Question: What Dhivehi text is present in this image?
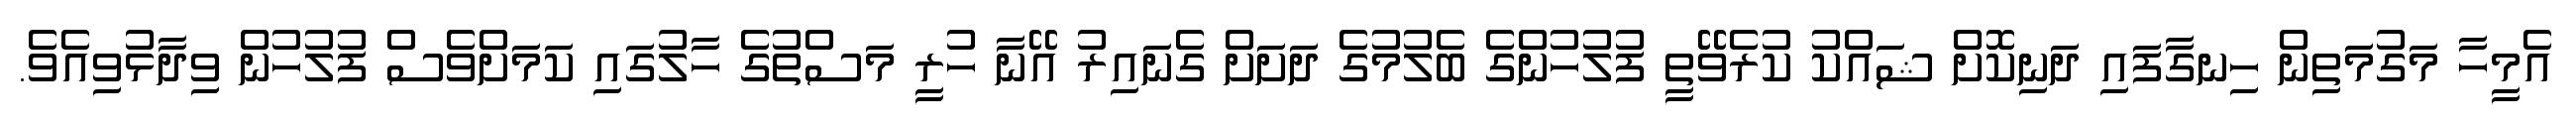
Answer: އެމީހާ މަގުމަތިން ހިނގާފައި ދަނިކޮށް ޝައްކު ކުރެވޭތީ ފުލުހުންގެ ބެލުމުގެ ދަށަށް ގެނައިރު އޭނާ ހުރީ މަސްތުގެ ހާލުގައި ކަމަށްވެސް ފުލުހުން ވިދާޅުވިއެވެ.